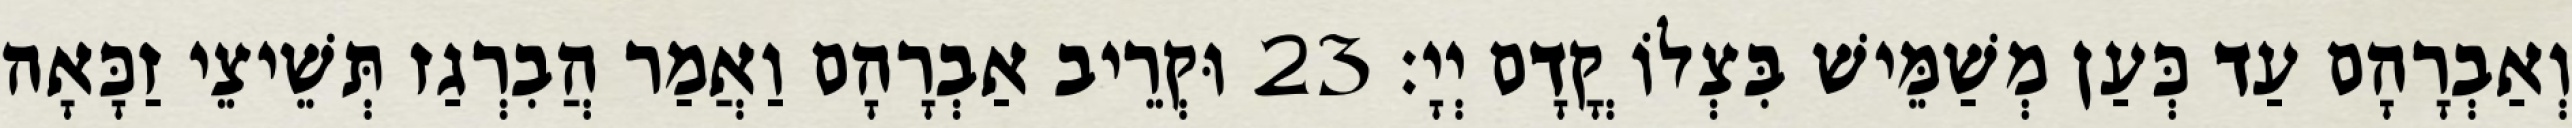
וְאַבְרָהָם עַד כְּעַן מְשַׁמֵּישׁ בִּצְלוֹ קֳדָם יְיָ׃ 23 וּקְרֵיב אַבְרָהָם וַאֲמַר הֲבִרְגַז תְּשֵׁיצֵי זַכָּאָה